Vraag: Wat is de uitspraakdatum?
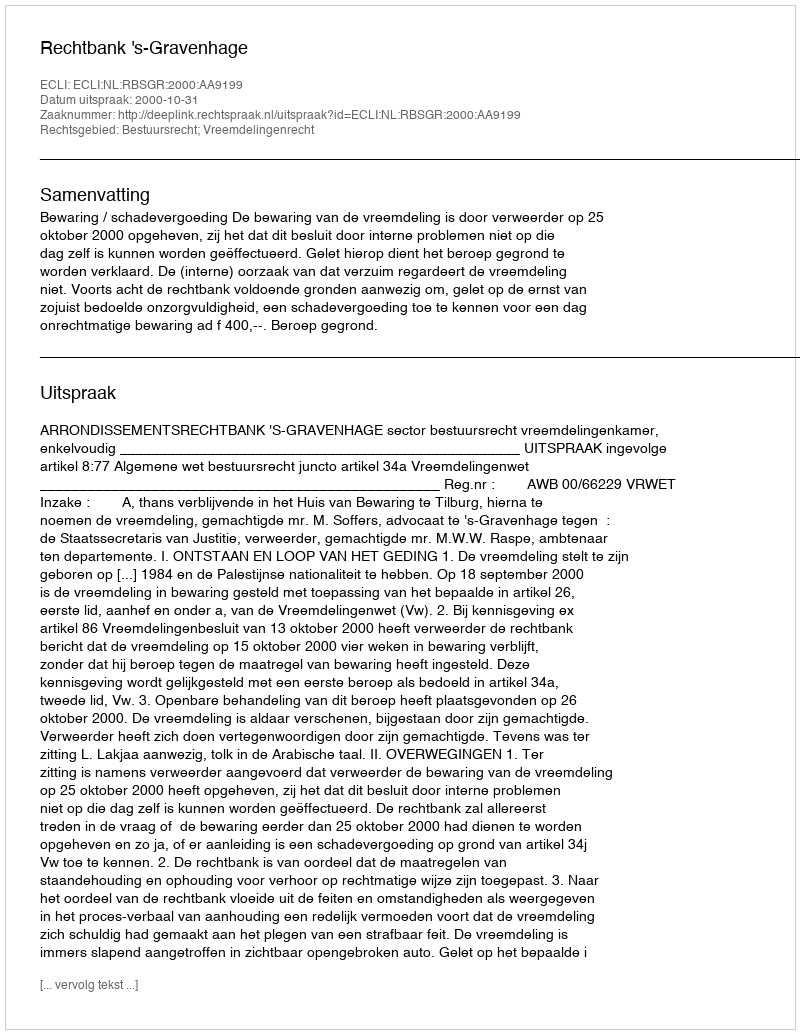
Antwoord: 2000-10-31